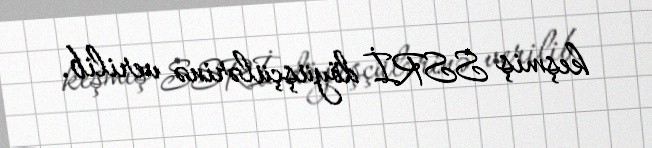
keşmiş SSRİ döyüşçülərinə verilib.